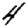
Digit: 4